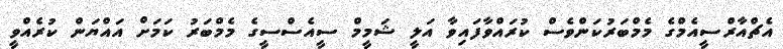
އެޗްއާރްސީއެމްގެ މެމްބަރުކަންވެސް ކުރައްވާފައިވާ އަލީ ޝަމީމް ސީއެސްސީގެ މެމްބަރު ކަމަށް އައްޔަން ކުރެއްވީ